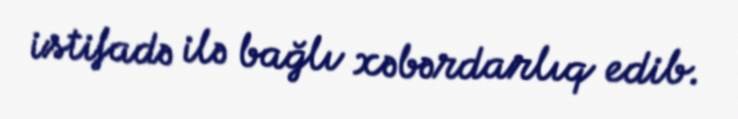
istifadə ilə bağlı xəbərdarlıq edib.